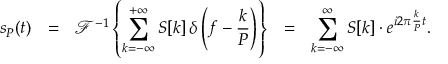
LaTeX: s _ { P } ( t ) \ \ = \ \ { \mathcal { F } } ^ { - 1 } \left\{ \sum _ { k = - \infty } ^ { + \infty } S [ k ] \, \delta \left( f - { \frac { k } { P } } \right) \right\} \ \ = \ \ \sum _ { k = - \infty } ^ { \infty } S [ k ] \cdot e ^ { i 2 \pi { \frac { k } { P } } t } .